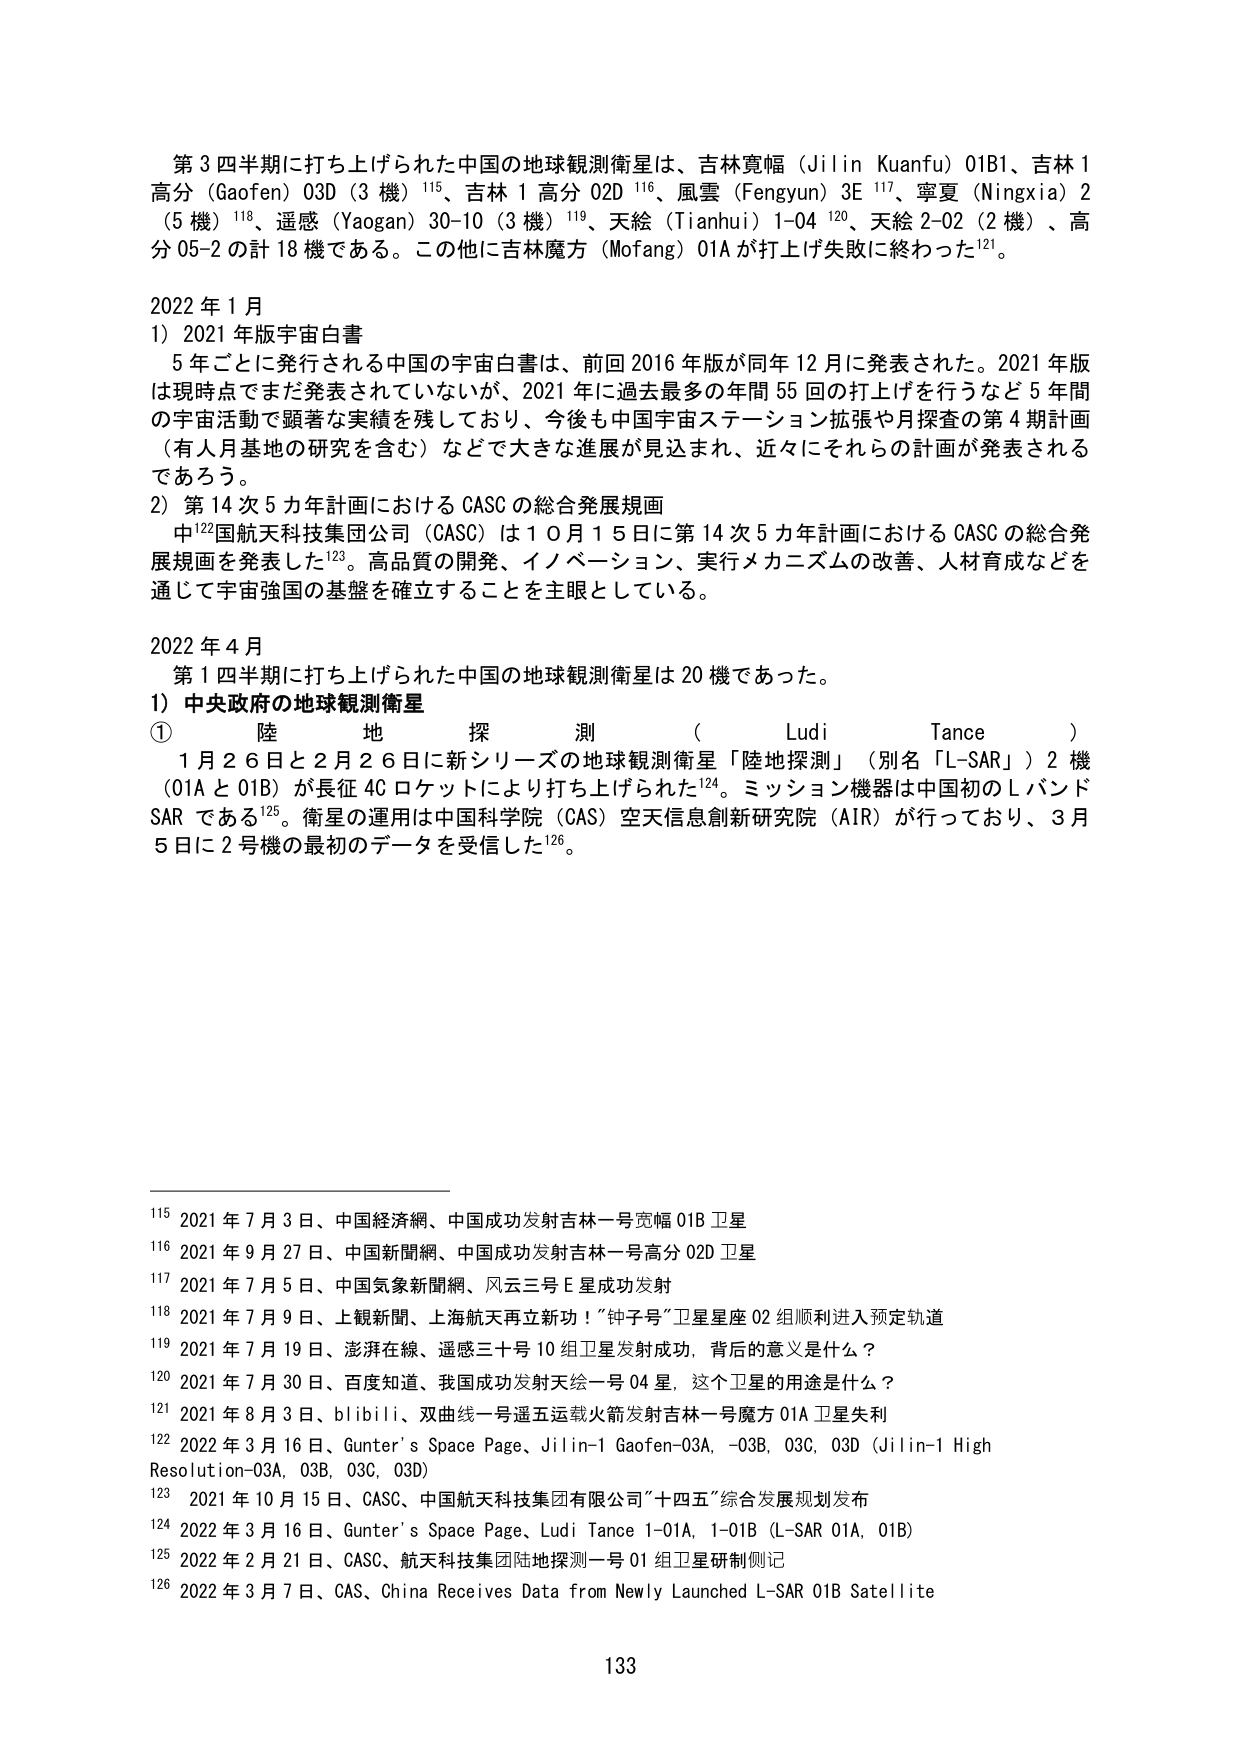
第３四半期に打ち上げられた中国の地球観測衛星は、吉林寛幅（Jilin Kuanfu）01B1、吉林１高分（Gaofen）03D（3機）¹¹⁵、吉林１高分02D¹¹⁶、風雲（Fengyun）3E¹¹⁷、寧夏（Ningxia）2（5機）¹¹⁸、遥感（Yaogan）30-10（3機）¹¹⁹、天絵（Tianhui）1-04¹²⁰、天絵2-02（2機）、高分05-2の計18機である。この他に吉林魔方（Mofang）01Aが打ち上げ失敗に終わった¹²¹。

2022年1月
1）2021年版宇宙白書
　5年ごとに発行される中国の宇宙白書は、前回2016年版が同年12月に発表された。2021年版は現時点でまだ発表されていないが、2021年に過去最多の年間55回の打ち上げを行うなど5年間の宇宙活動で顕著な実績を残しており、今後も中国宇宙ステーション拡張や月探査の第4期計画（有人月基地の研究を含む）などで大きな進展が見込まれ、近々にそれらの計画が発表されるであろう。
2）第14次5カ年計画におけるCASCの総合発展規画
　中¹²²国航天科技集团公司（CASC）は10月15日に第14次5カ年計画におけるCASCの総合発展規画を発表した¹²³。高品質の開発、イノベーション、実行メカニズムの改善、人材育成などを通じて宇宙強国の基盤を確立することを主眼としている。

2022年4月
　第1四半期に打ち上げられた中国の地球観測衛星は20機であった。
1）中央政府の地球観測衛星
①　陸地探測（Ludi Tance）
　1月26日と2月26日に新シリーズの地球観測衛星「陸地探測」（別名「L-SAR」）2機（01Aと01B）が長征4Cロケットにより打ち上げられた¹²⁴。ミッション機器は中国初のLバンドSARである¹²⁵。衛星の運用は中国科学院（CAS）空天信息創新研究院（AIR）が行っており、3月5日に2号機の最初のデータを受信した¹²⁶。

¹¹⁵ 2021年7月3日、中国経済網、中国成功发射吉林一号宽幅01B卫星
¹¹⁶ 2021年9月27日、中国新聞網、中国成功发射吉林一号高分02D卫星
¹¹⁷ 2021年7月5日、中国気象新聞網、风云三号E星成功发射
¹¹⁸ 2021年7月9日、上観新聞、上海航天再立新功！“钟子号”卫星星座02组顺利进入预定轨道
¹¹⁹ 2021年7月19日、澎湃在線、遥感三十号10组卫星发射成功，背后的意义是什么？
¹²⁰ 2021年7月30日、百度知道、我国成功发射天绘一号04星，这个卫星的用途是什么？
¹²¹ 2021年8月3日、bilibili、双曲线一号遥五运载火箭发射吉林一号魔方01A卫星失利
¹²² 2022年3月16日、Gunter’s Space Page、Jilin-1 Gaofen-03A, -03B, 03C, 03D (Jilin-1 High Resolution-03A, 03B, 03C, 03D)
¹²³ 2021年10月15日、CASC、中国航天科技集团有限公司“十四五”综合发展规划发布
¹²⁴ 2022年3月16日、Gunter’s Space Page、Ludi Tance 1-01A, 1-01B (L-SAR 01A, 01B)
¹²⁵ 2022年2月21日、CASC、航天科技集团陆地探测一号01组卫星研制侧记
¹²⁶ 2022年3月7日、CAS、China Receives Data from Newly Launched L-SAR 01B Satellite

133